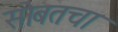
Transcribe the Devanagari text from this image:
सोबतचा